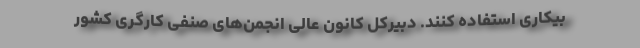
بیکاری استفاده کنند. دبیرکل کانون عالی انجمن‌های صنفی کارگری کشور